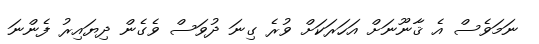
ނަމަވެސް އެ ޤާނޫނަށް އަހަރަކަށް ވުރެ ގިނަ ދުވަސް ވެގެން ދިޔައިރު ފެންނަ